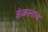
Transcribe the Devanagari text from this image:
इंक़लाब